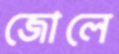
জোলে